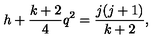
h + \frac { k + 2 } { 4 } q ^ { 2 } = \frac { j ( j + 1 ) } { k + 2 } ,